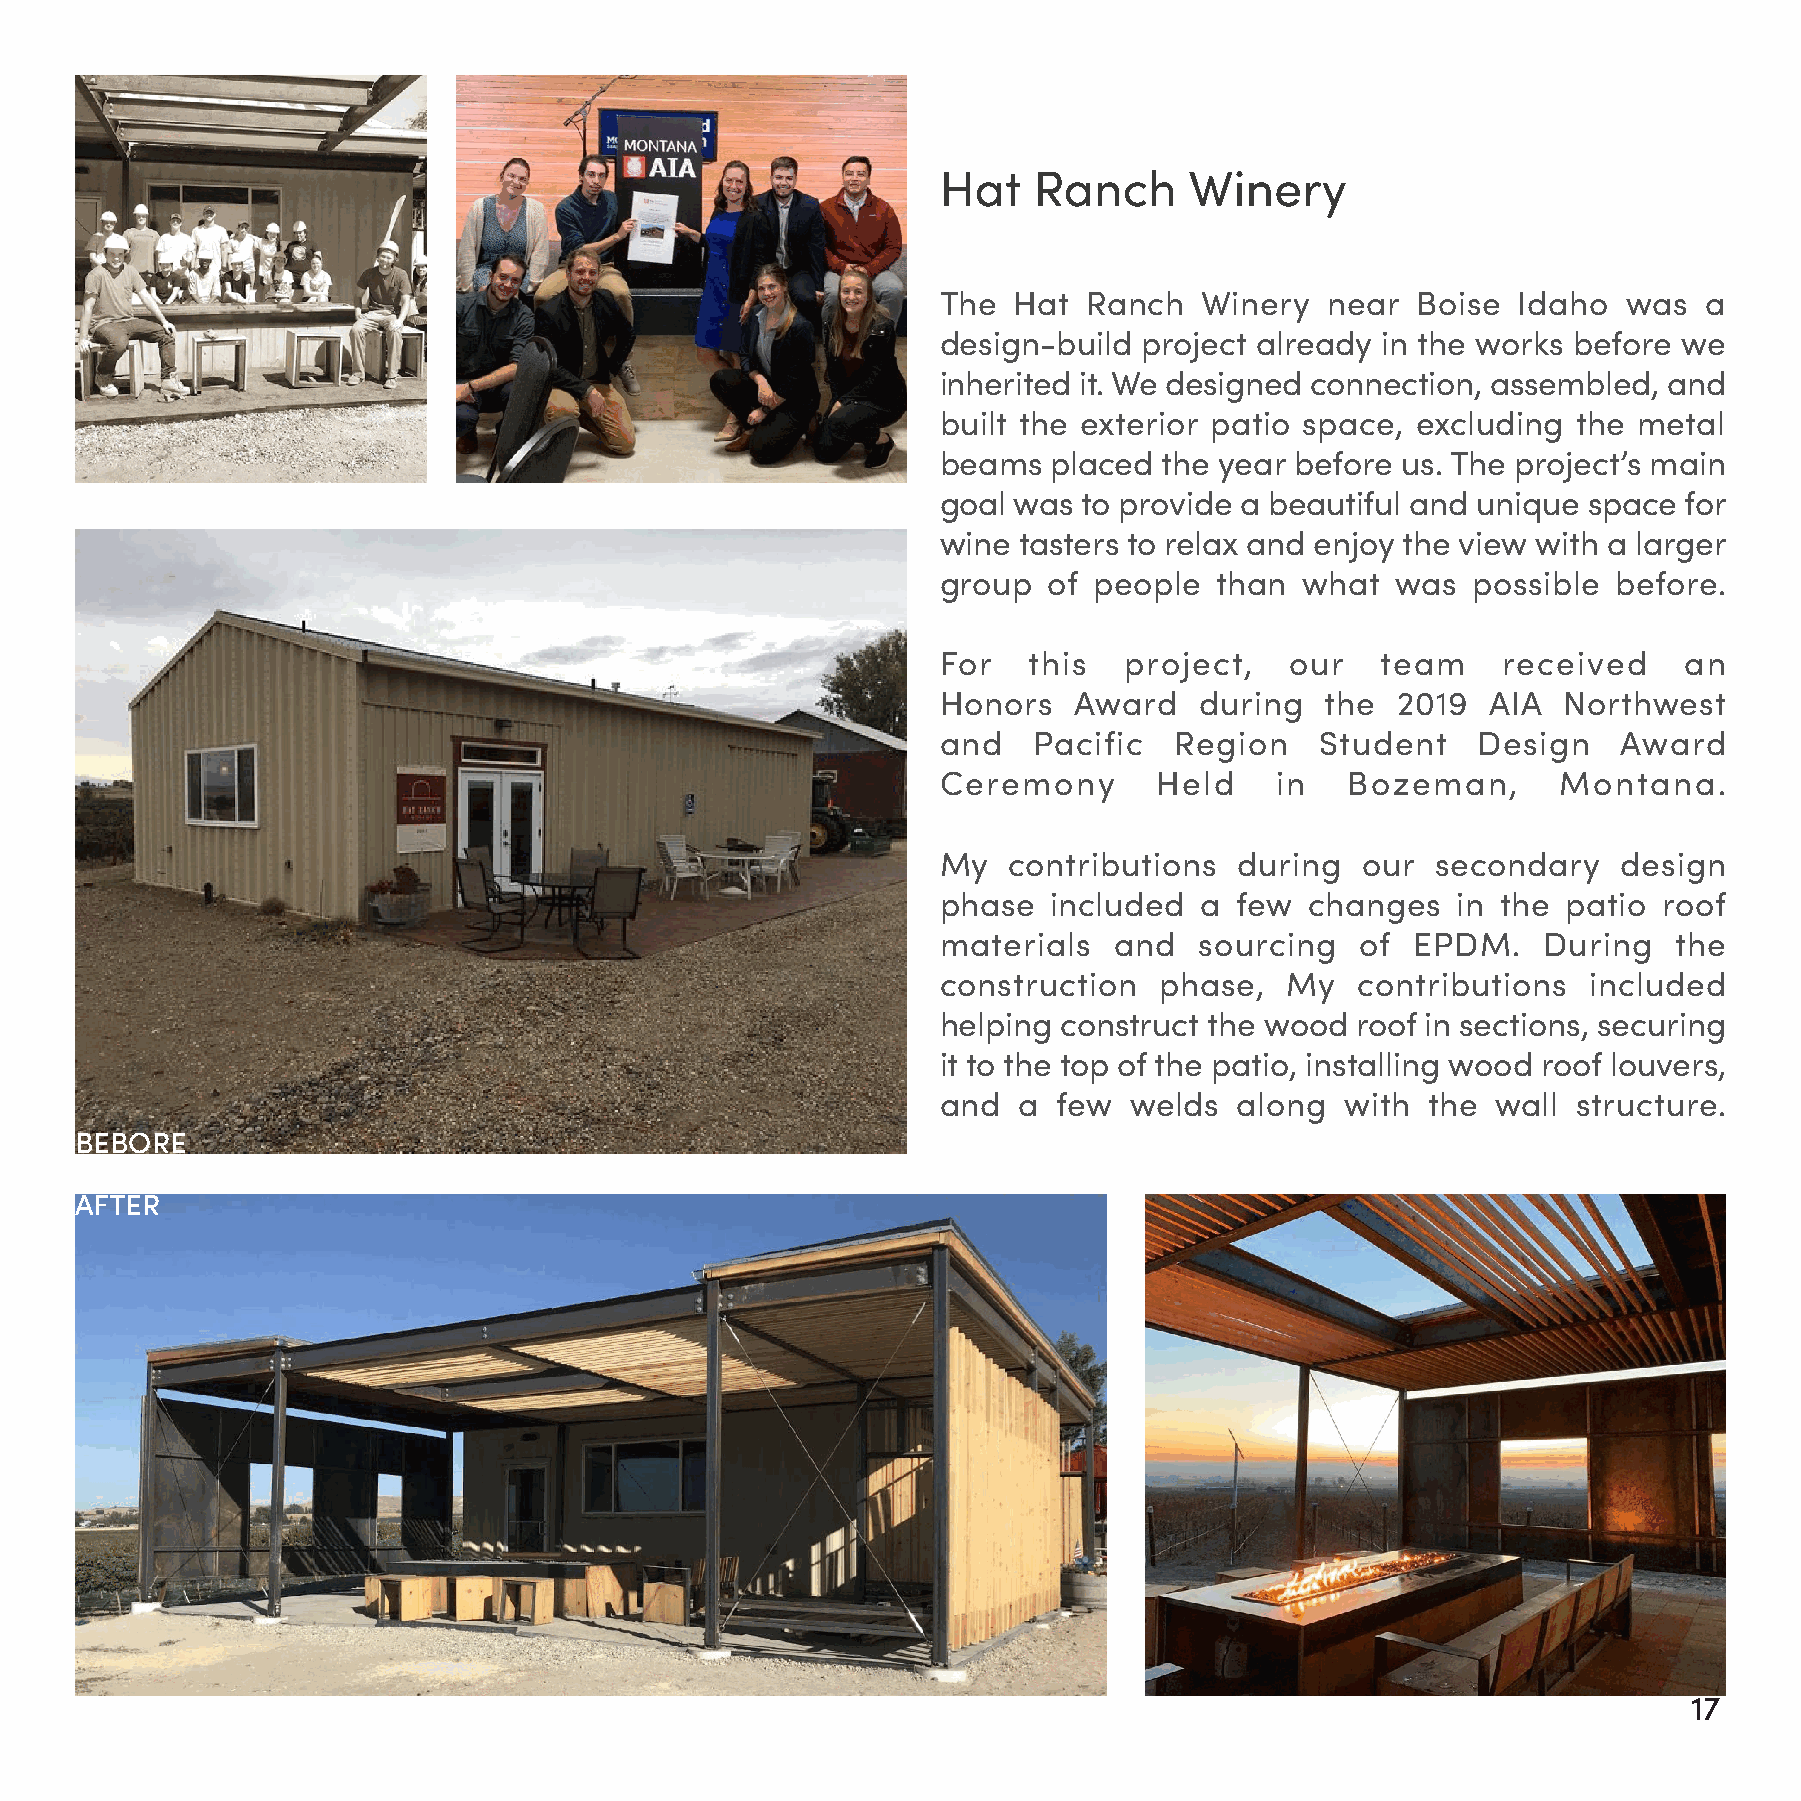
Hat   Ranch      Winery
 The  Hat  Ranch   Winery  near  Boise Idaho   was  a
 design-build  project already in the works before we
 inherited it. We designed connection, assembled, and
 built the exterior patio space, excluding the metal
 beams   placed the year before us. The project’s main
 goal was  to provide a beautiful and unique space for
 wine tasters to relax and enjoy the view with a larger
 group  of people   than what  was  possible  before.
 For   this  project,   our   team    received    an
 Honors   Award   during   the 2019   AIA Northwest
 and   Pacific   Region   Student    Design   Award
 Ceremony       Held   in   Bozeman,      Montana.
 My   contributions  during  our  secondary   design
 phase   included a  few  changes  in the  patio roof
 materials   and  sourcing   of EPDM.    During   the
 construction   phase,  My   contributions  included
 helping construct the wood  roof in sections, securing
 it to the top of the patio, installing wood roof louvers,
 and  a  few  welds  along  with the  wall structure.
 BEBORE
 AFTER
 16                                                                                                              17